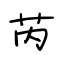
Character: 芮